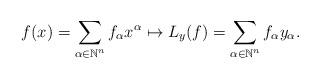
LaTeX: \begin{align*}f(x) = \displaystyle \sum_{\alpha \in \mathbb{N}^n} f_\alpha x^\alpha \mapsto L_y(f) = \sum_{\alpha \in \mathbb{N}^n} f_\alpha y_\alpha.\end{align*}